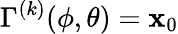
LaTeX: \Gamma^{(k)}(\phi,\theta)=\mathbf{x}_{0}